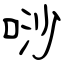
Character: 唦